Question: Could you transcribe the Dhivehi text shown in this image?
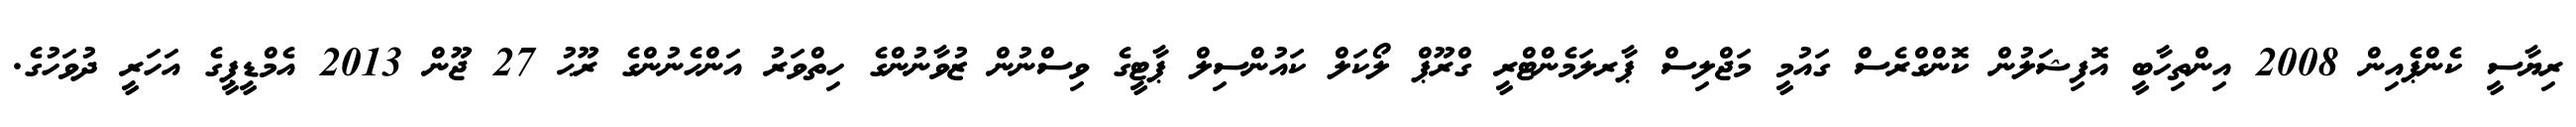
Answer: ރިޔާސީ ކެންޕެއިން 2008 އިންތިހާބީ އޮފިޝަލުން ކޮންގްރެސް ގައުމީ މަޖްލިސް ޕާރލަމެންޓްރީ ގްރޫޕް ލޯކަލް ކައުންސިލް ޕާޓީގެ ވިސްނުން ޒުވާނުންގެ ހިތްވަރު އަންހެނުންގެ ރޫޙު 27 ޖޫން 2013 އެމްޑީޕީގެ އަހަރީ ދުވަހުގެ.